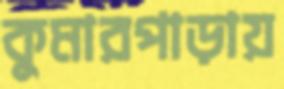
কুমারপাড়ায়